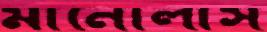
মানোলাস